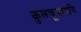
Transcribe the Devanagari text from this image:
कुलचूडामणि